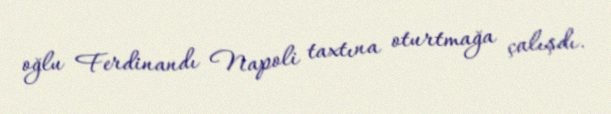
oğlu Ferdinandı Napoli taxtına oturtmağa çalışdı.